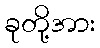
ခုတို့အား